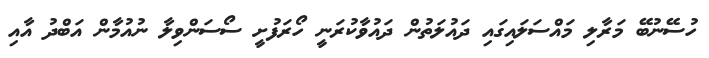
ހުސޭނުބޭ މަރާލި މައްސަލައިގައި ދައުލަތުން ދައުވާކުރަނީ ހޯރަފުށީ ސޯސަންވިލާ ނުއުމާން އަބްދު އާއި